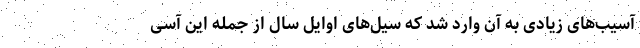
آسیب‌های زیادی به آن وارد شد که سیل‌های اوایل سال از جمله این آسی